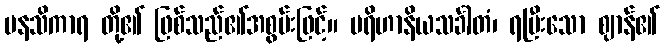
မနသိကာရ တို့၏ ဖြစ်သည်၏အစွမ်းဖြင့်။ ပရိဟာနိယသင်္ခါတံ၊ ရပြီးသော ဈာန်၏